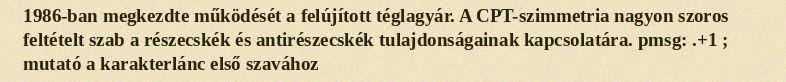
1986-ban megkezdte működését a felújított téglagyár. A CPT-szimmetria nagyon szoros feltételt szab a részecskék és antirészecskék tulajdonságainak kapcsolatára. pmsg: .+1 ; mutató a karakterlánc első szavához